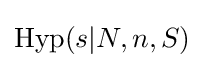
\mathrm {Hyp} (s|N,n,S)